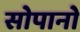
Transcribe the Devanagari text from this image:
सोपानो